system: You are a helpful assistant.
user:
Analyze the provided spectrum to determine if it is a **S-type Star**.

- **Key Indicators for S-type Star:**

    - **(Overall Spectrum Shape):** The first and most obvious characteristic is the overall continuum (the "baseline" shape). It is **extremely "red-sloping,"** meaning the flux (light intensity) is very low on the left side (blue, ~4000-4500 Å) and rises steeply and continuously toward the right side (red, ~7000 Å+).

    - **(Primary):** The spectrum is defined by the presence of strong, broad molecular absorption "valleys" (bands) from **Zirconium Oxide (ZrO)**. The identification of these bands is the **primary requirement** for classifying a star as S-type.
        - **(Key Bandheads):** You must find distinct, deep "dips" where the light has been absorbed. The most critical band systems to locate are:
            - **~6474 Å** ($\gamma$-system): This is often the strongest and clearest ZrO feature, found in the red part of the spectrum.
            - **~5718 Å** & **~5551 Å** ($\beta$-system): A pair of prominent absorption features in the yellow-orange part of the spectrum.
            - **~4640 Å** ($\alpha$-system): A key absorption band system in the blue-green region of the spectrum.

    - **(Secondary Confirmation):** The classification is strengthened by finding additional absorption bands from other related heavy element oxides, which are expected to be present alongside ZrO.
        - **(Key Bandheads):**
            - **Yttrium Oxide (YO):** Look for absorption dips near **~4800 Å** and **~6100 Å**.
            - **Lanthanum Oxide (LaO):** Additional absorption features, particularly in the red-orange part of the spectrum, are also characteristic.

    - **(Line Profile):** The combination of the steep red continuum and these numerous, deep molecular bands (ZrO, YO, etc.) gives the entire spectrum a very **"chopped-up"** or **"bumpy"** appearance. Instead of a smooth curve, the spectrum looks as though large, wide chunks of light have been "carved out" of it at the specific wavelengths listed above.

Think first, call **spectral_visualization_tool** if needed to examine features in detail, then provide your final answer. Your response must adhere to the following strict rules:
1.  **Overall Structure:** Your response must follow the format `<think>...</think> <tool_call>...</tool_call> (if a tool is used) <answer>...</answer>`.
2.  **Tool Usage Constraint:** You may only make **one** tool call per turn.
3.  **Final Answer Format:** In the `<answer>` tag, your conclusion must be inside a `\boxed{}` command (e.g., `\boxed{YES}` or `\boxed{NO}`), followed by your justification.

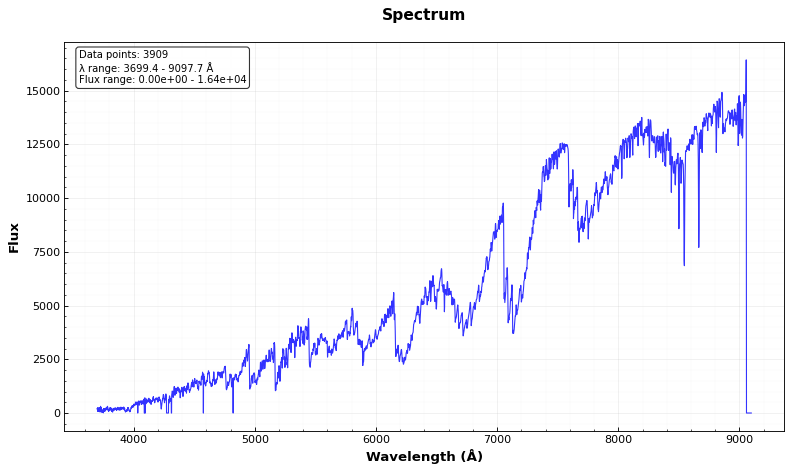
Answer: YES